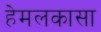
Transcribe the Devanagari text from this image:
हेमलकासा